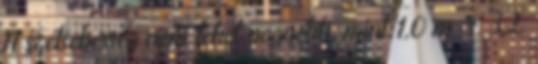
A szélsebesség nem lehet nagyobb, mint 1,0 m s. 3.2.